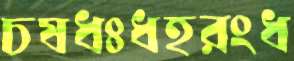
চষধঃধহরংধ